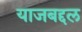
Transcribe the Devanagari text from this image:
याजबद्दल